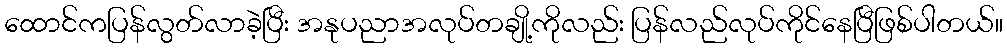
ထောင်ကပြန်လွတ်လာခဲ့ပြီး အနုပညာအလုပ်တချို့ကိုလည်း ပြန်လည်လုပ်ကိုင်နေပြီဖြစ်ပါတယ်။